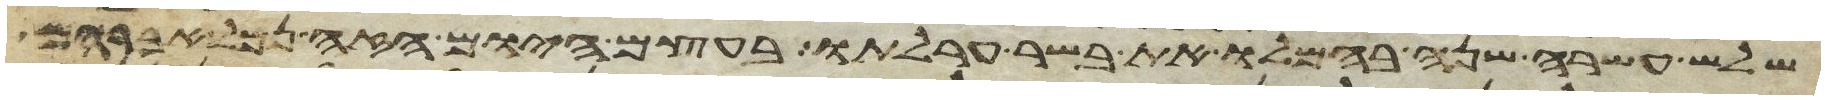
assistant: שלש עשרה שנה בהמלו את בשר ערלתו בעצם היום הזה נמל אברהם